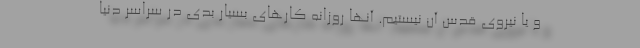
و یا نیروی قدس آن نیستیم. آنها روزانه کارهای بسیار بدی در سراسر دنیا